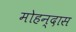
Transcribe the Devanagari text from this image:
मोहन्दास